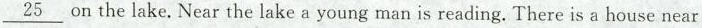
\underline{25} on the lake. Near the lake a young man is reading. There is a house near